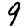
Digit: 9